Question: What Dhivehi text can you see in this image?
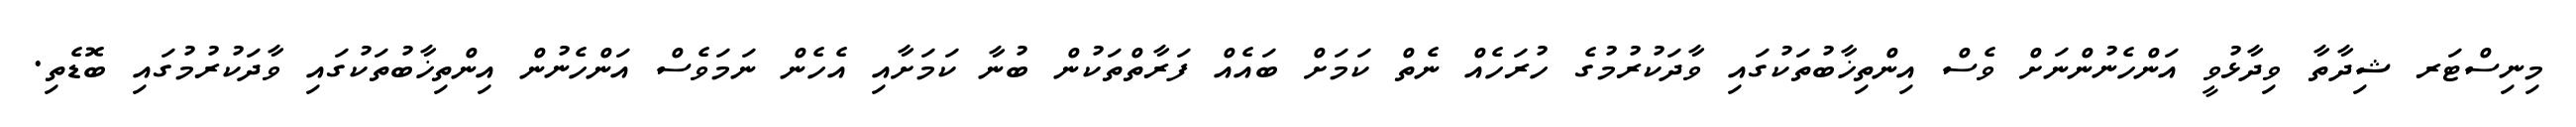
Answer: މިނިސްޓަރ ޝިދާތާ ވިދާޅުވީ އަންހެނުންނަށް ވެސް އިންތިޚާބުތަކުގައި ވާދަކުރުމުގެ ހުރަހެއް ނެތް ކަމަށް ބައެއް ފަރާތްތަކުން ބުނާ ކަމަށާއި އެހެން ނަމަވެސް އަންހެނުން އިންތިޚާބުތަކުގައި ވާދަކުރުމުގައި ބޮޑެތި.